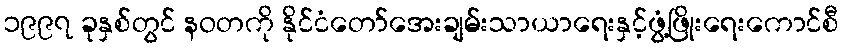
၁၉၉၇ ခုနှစ်တွင် နဝတကို နိုင်ငံတော်အေးချမ်းသာယာရေးနှင့်ဖွံ့ဖြိုးရေးကောင်စီ